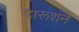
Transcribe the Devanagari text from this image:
दारूशने